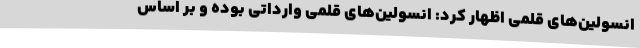
انسولین‌های قلمی اظهار کرد: انسولین‌های قلمی وارداتی بوده و بر اساس